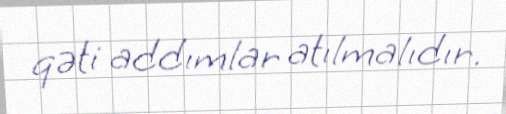
qəti addımlar atılmalıdır.